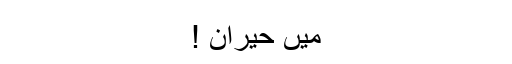
میں حیران !